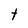
Character: t